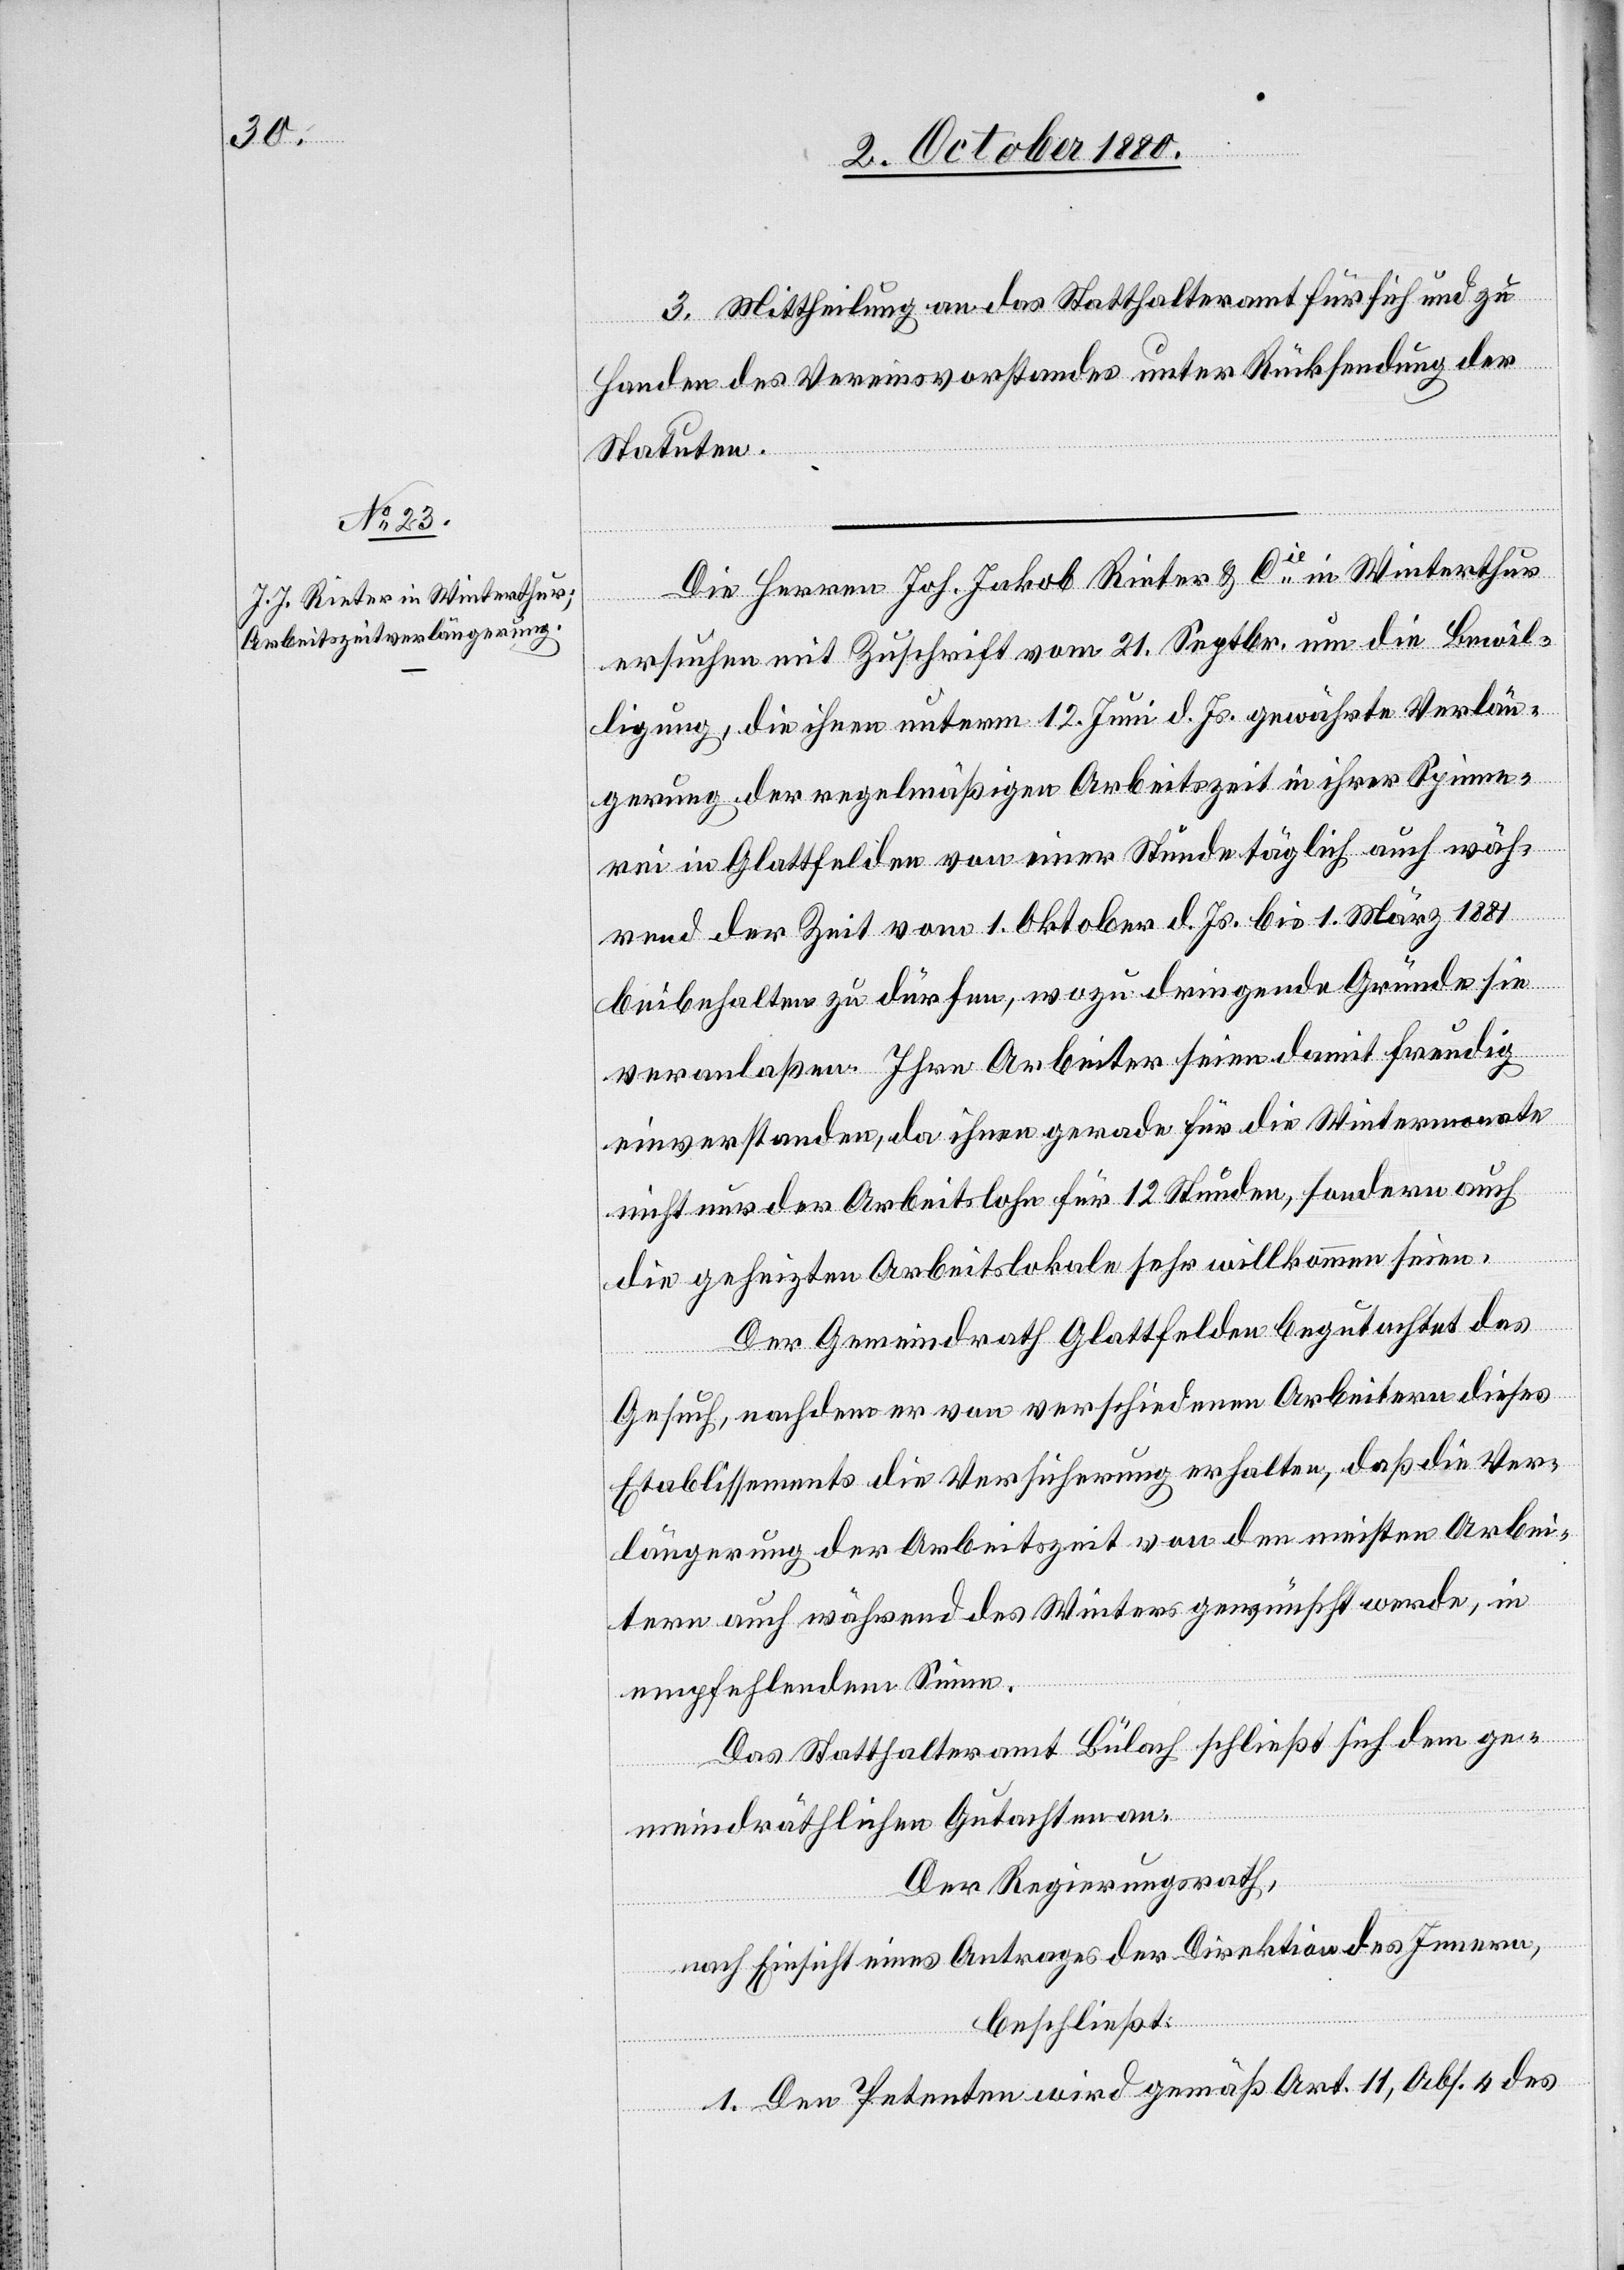
3. Mittheilung an das Statthalteramt für sich und zu
Handen des Vereinsvorstandes unter Rücksendung der
Statuten.
Die Herren Joh. Jakob Rieter & Cie in Winterthur
ersuchen mit Zuschrift vom 21. Septbr. um die Bewil¬
ligung, die ihnen unterm 12. Juni d. Js. gewährte Verlän¬
gerung der regelmäßigen Arbeitszeit in ihrer Spinne¬
rei in Glattfelden von einer Stunde täglich auch wäh¬
rend der Zeit vom 1. Oktober d. Js. bis 1. März 1884
beibehalten zu dürfen, wozu dringende Gründe sie
veranlaßen. Ihre Arbeiter seien damit freudig
einverstanden, da ihnen gerade für die Wintermonate
nicht nur der Arbeitslohn für 12 Stunden, sondern auch
die geheizten Arbeitslokale sehr willkommen seien.
Der Gemeindrath Glattfelden begutachtet das
Gesuch, nachdem er von verschiedenen Arbeitern dieses
Etablissements die Versicherung erhalten, daß die Ver¬
längerung der Arbeitszeit von den meisten Arbei¬
tern auch während des Winters gewünscht werde, in
empfehlendem Sinne.
Das Statthalteramt Bülach schließt sich dem ge¬
meindräthlichen Gutachten an.
Der Regierungsrath,
nach Einsicht eines Antrages der Direktion des Innern,
beschließt:
1. Den Petenten wird gemäß Art. 11, Abs. 4 des